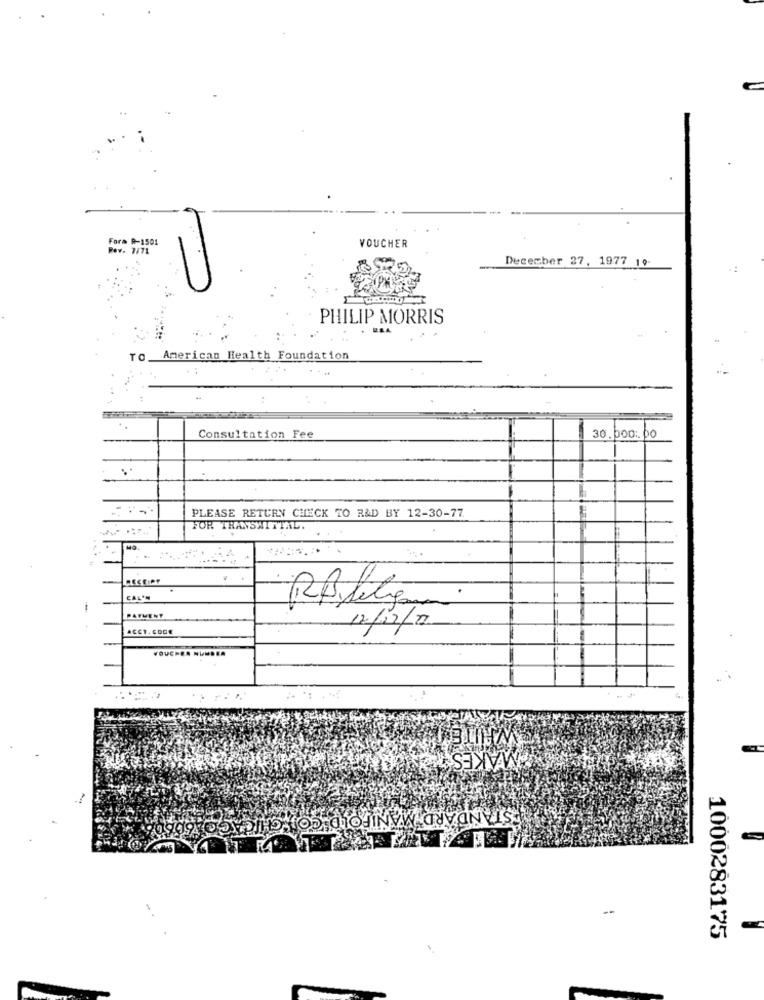
.
Fora R-1501
Pav. 7/71
VOUCHER
December 27, 1977 19-
PHILIP MORRIS
TO.
American Health Foundation
Consultation Fee
30. 000: 00
-
-
PLEASE RETURN CHECK TO R&D BY 12-30-77
FOR TRANSMITTAL.
. ..
CECEIPY
CAL'N
PAYMENT
ACCT. CODE
12/12/22
MAKES
STANDARD MANIFOLD CO).CHIC
1000283175